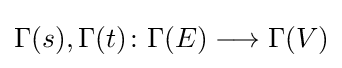
\Gamma (s),\Gamma (t)\colon \Gamma (E)\longrightarrow \Gamma (V)